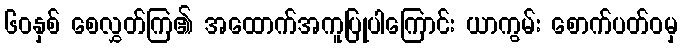
၆၀နှစ် စေလွှတ်ကြ၏ အထောက်အကူပြုပါကြောင်း ယာကွမ်း စောက်ပတ်ဝမှ